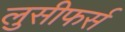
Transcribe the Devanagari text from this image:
लुसीफर्स